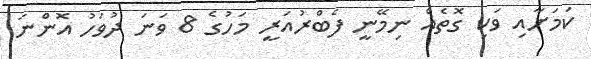
ކަމަށާއި ވަކި ގޮތެއް ނިމޭނީ ފެބްރުއަރީ މަހުގެ 8 ވަނަ ދުވަހު އޮންނަ